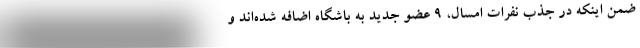
ضمن اینکه در جذب نفرات امسال، ۹ عضو جدید به باشگاه اضافه شده‌اند و